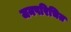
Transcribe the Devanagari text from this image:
जनपरिचित